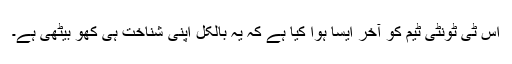
اس ٹی ٹونٹی ٹیم کو آخر ایسا ہوا کیا ہے کہ یہ بالکل اپنی شناخت ہی کھو بیٹھی ہے۔